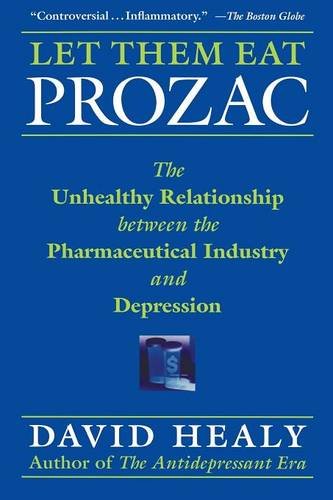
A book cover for Let Them Eat Prozac: The Unhealthy Relationship Between the Pharmaceutical Industry and Depression (Medicine, Culture, and History); David Healy; Health, Fitness & Dieting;